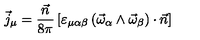
\vec { j } _ { \mu } = \frac { \vec { n } } { 8 \pi } \left[ \varepsilon _ { \mu \alpha \beta } \left( \vec { \omega } _ { \alpha } \wedge \vec { \omega } _ { \beta } \right) \cdot \vec { n } \right]